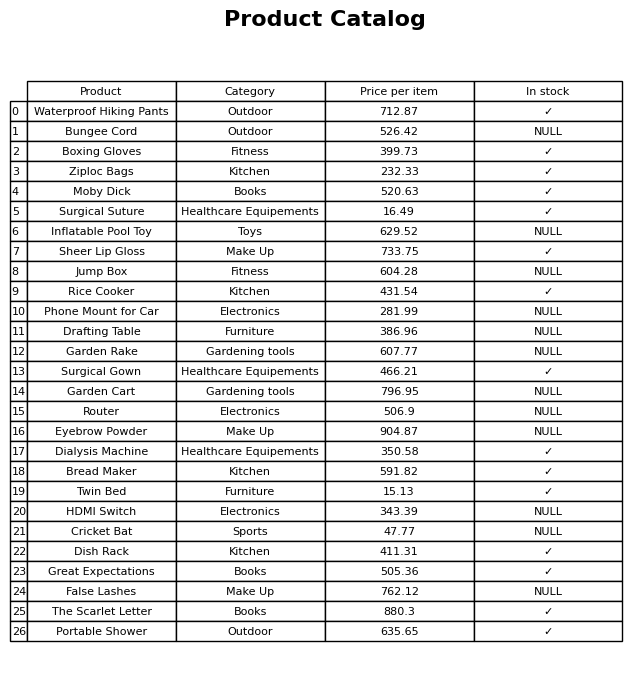
question: What is the stock status of the Jump Box?
answer: NULL